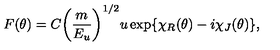
F ( \theta ) = C { \left( \frac { m } { E _ { u } } \right) } ^ { 1 / 2 } u \exp \{ \chi _ { R } ( \theta ) - i \chi _ { J } ( \theta ) \} ,